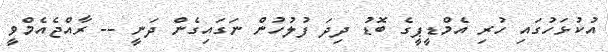
އުކުޅަހުގައި ހުރި އެމްޑީޕީގެ ބޮޑު ދިދަ ފުލުހުން ނަގައިގެން ދަނީ -- ރާއްޖެއެމްވީ